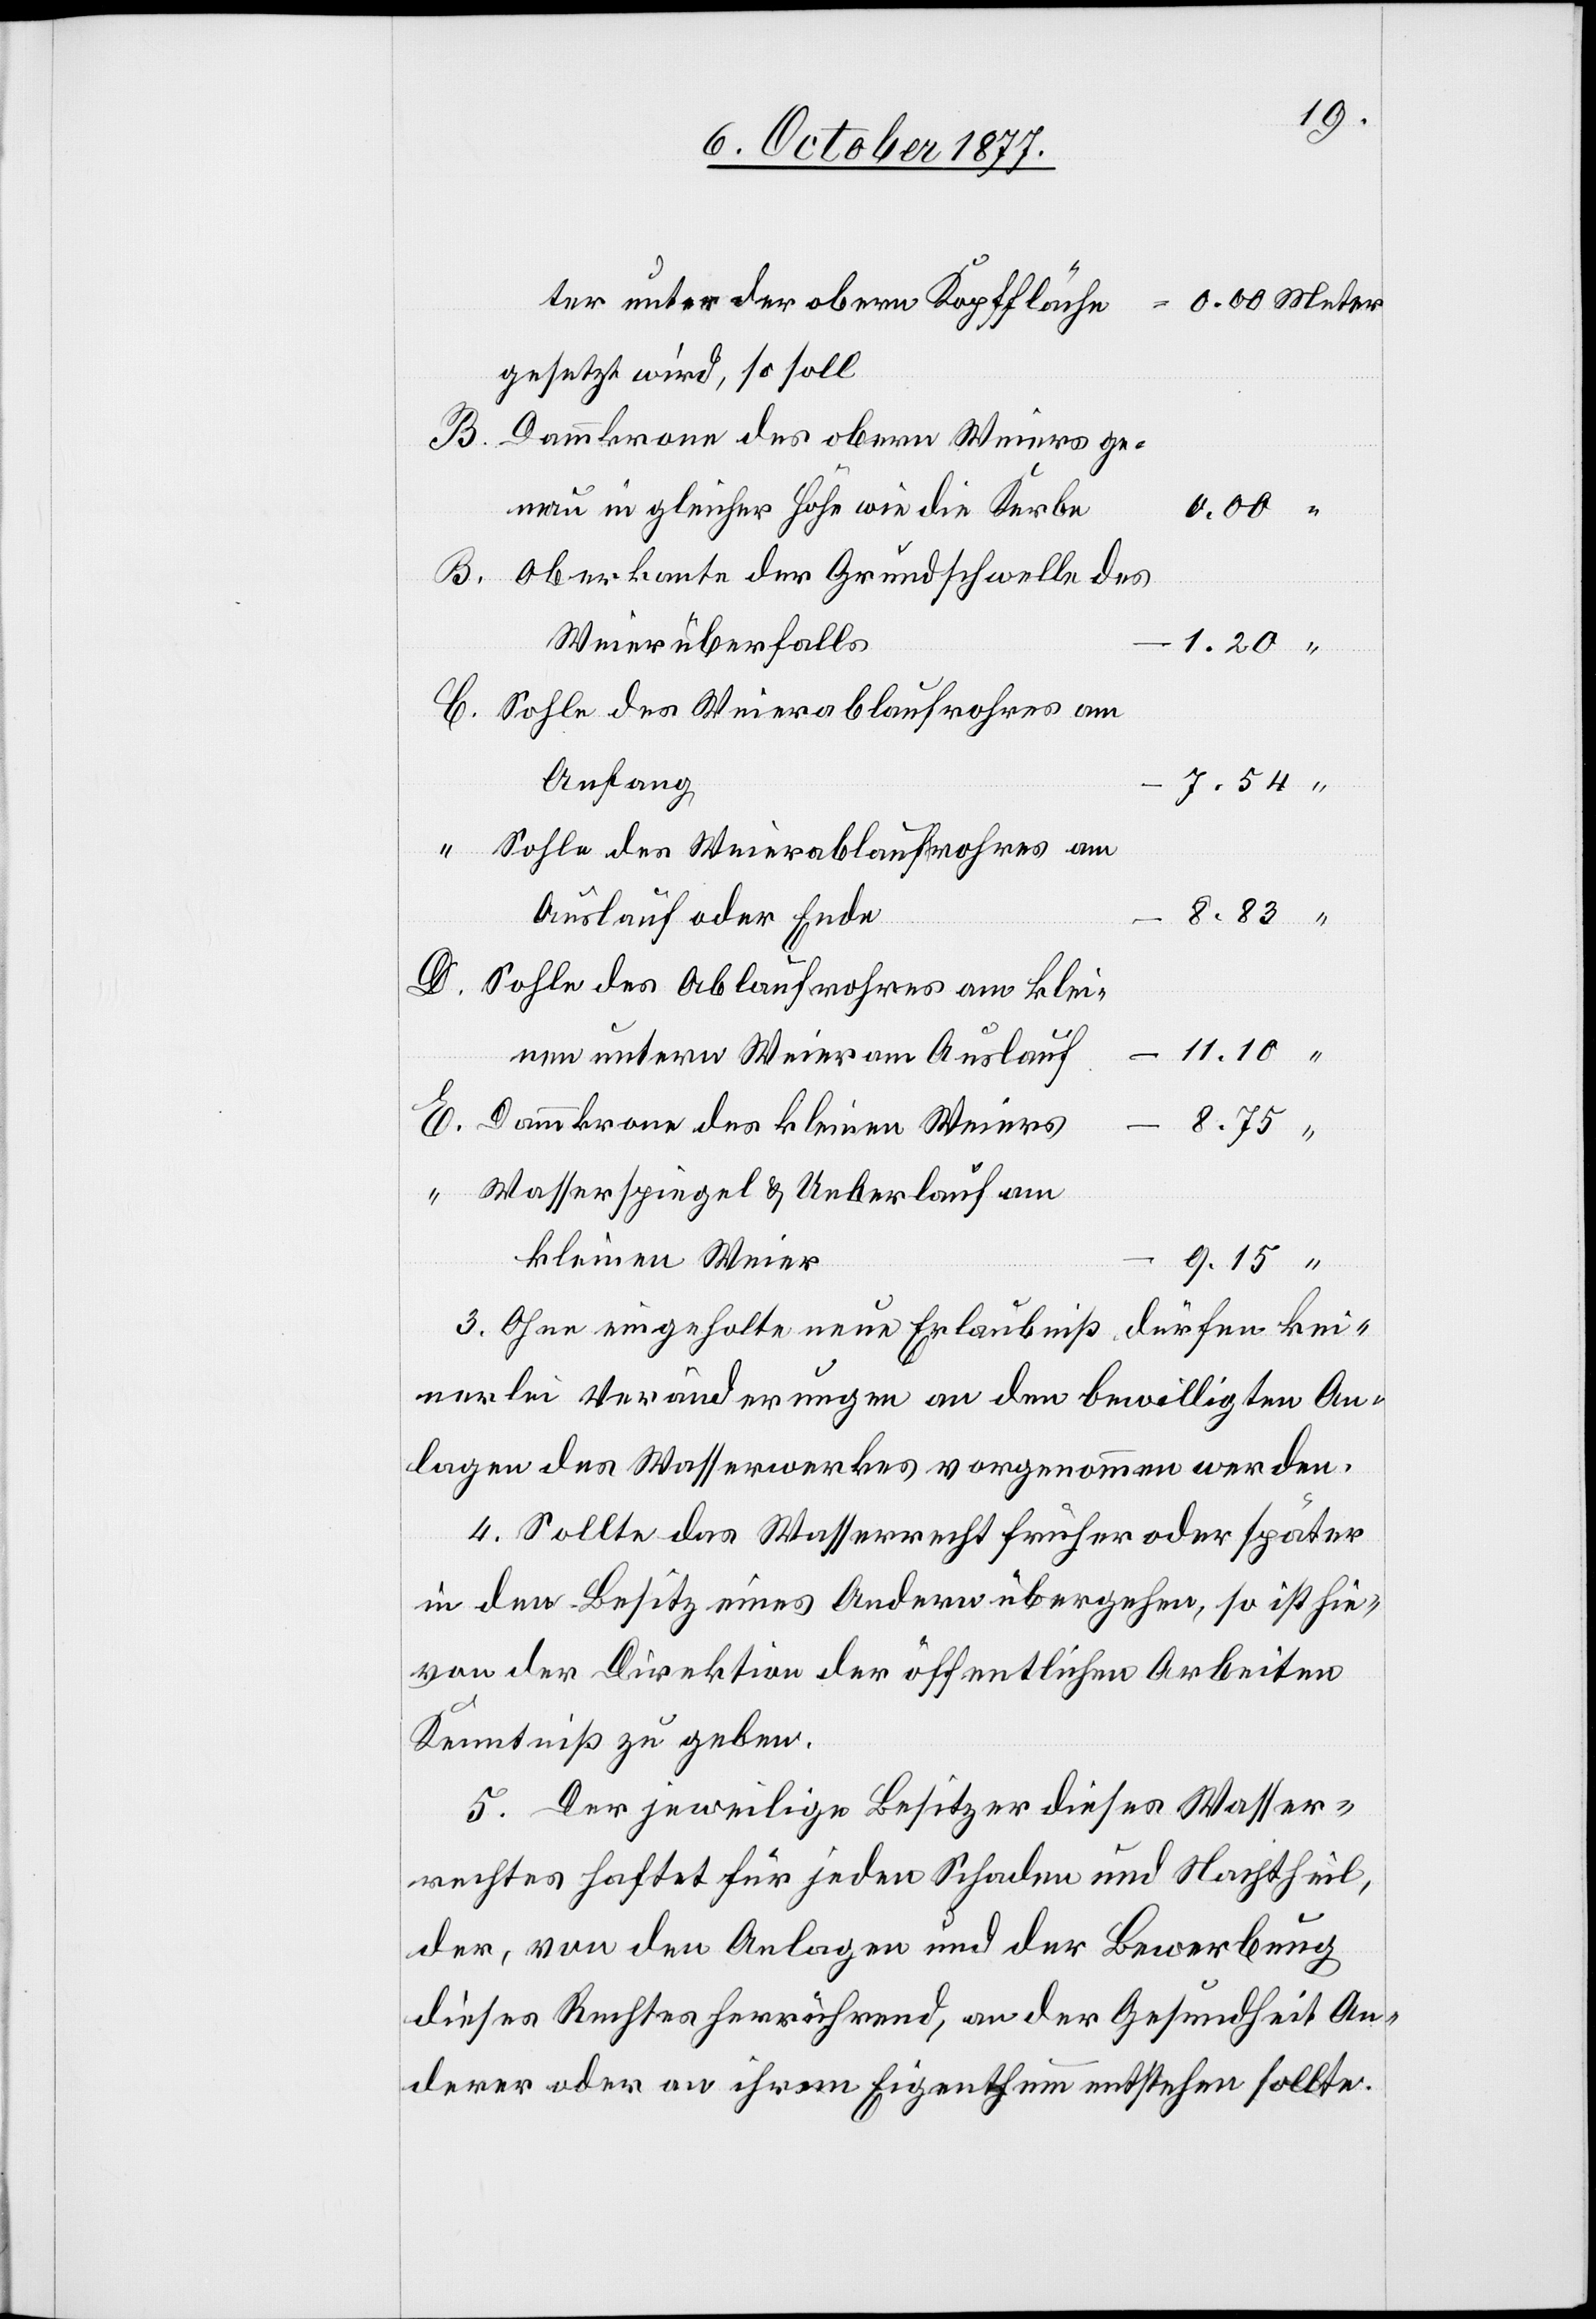
ter unter der obern Kopffläche
0.00 Meter
gesetzt wird, so soll
B.
Dammkrone des obern Weiers ge¬
nau in gleicher Höhe wie die Kerbe
0.00 “
Oberkante der Grundschwelle des
D.
Weierüberfalls
1.20 “
Anfang
7.54 “
Sohle des Weierablaufrohres am
8.83 “
Auslauf oder Ende
Sohle des Ablaufrohres am klei¬
11.10 “
nen untern Weier am Auslauf
Dammkrone des kleinen Weiers
E.
8.75 “
Wasserspiegel & Ueberlauf am
kleinen Weier
9.15 “
3. Ohne eingeholte neue Erlaubniß dürfen kei¬
nerlei Veränderungen an den bewilligten An¬
lagen des Wasserwerkes vorgenommen werden.
4. Sollte das Wasserrecht früher oder später
in den Besitz eines Andern übergehen, so ist hie¬
von der Direktion der öffentlichen Arbeiten
Kenntniß zu geben.
5. Der jeweilige Besitzer dieses Wasser¬
rechtes haftet für jeden Schaden und Nachtheil,
der, von den Anlagen und der Bewerbung
dieses Rechtes herrührend, an der Gesundheit An¬
derer oder an ihrem Eigenthum entstehen sollte.